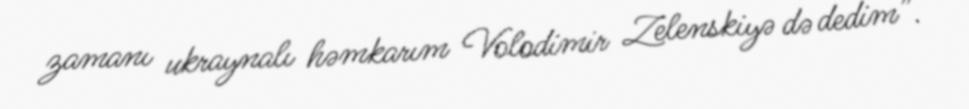
zamanı ukraynalı həmkarım Volodimir Zelenskiyə də dedim”.